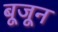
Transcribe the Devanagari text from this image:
बूजून